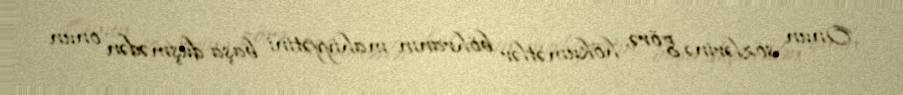
Onun sözlərinə görə, hökumətlər böhranın mahiyyətini başa düşmədən onun